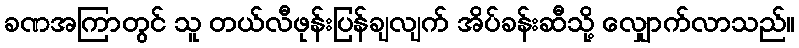
ခဏအကြာတွင် သူ တယ်လီဖုန်းပြန်ချလျက် အိပ်ခန်းဆီသို့ လျှောက်လာသည်။